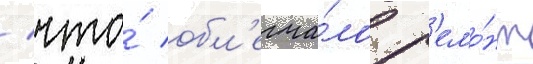
/ что́ обл'егча́ло р'емо́нт